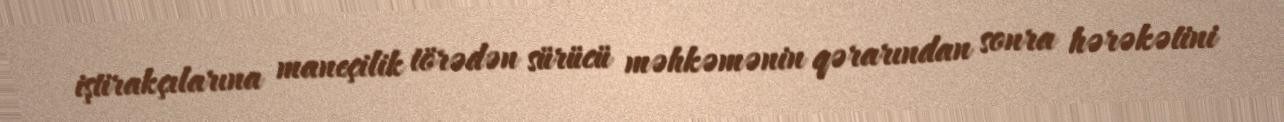
iştirakçılarına maneçilik törədən sürücü məhkəmənin qərarından sonra hərəkətini